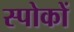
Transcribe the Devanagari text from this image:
स्पोकों